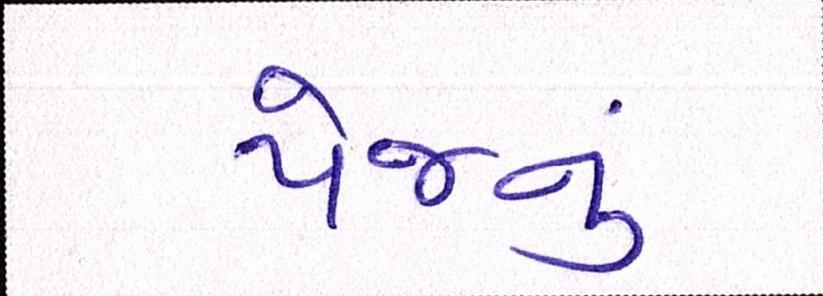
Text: પેજનું